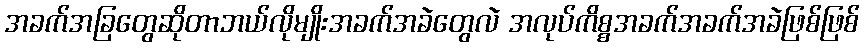
အခက်အခြတွေဆိုတာဘယ်လိုမျိုးအခက်အခဲတွေလဲ အလုပ်ကိစ္စအခက်အခက်အခဲဖြစ်ဖြစ်